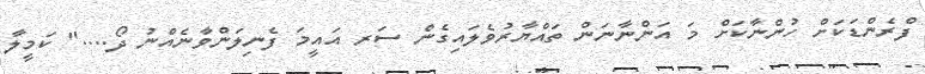
ފްރެންޑަކަށް ހުންނާކަށް މަ އަންނާނަން ތައްޔާރުވެލައިގެން ސަރ އައީމަ ފެނިލަންވާނެއްނު ދޯ...." ކަމީލާ